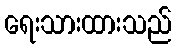
ရေးသားထားသည်